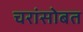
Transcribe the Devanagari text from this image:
चरांसोबत